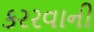
કરરવાની